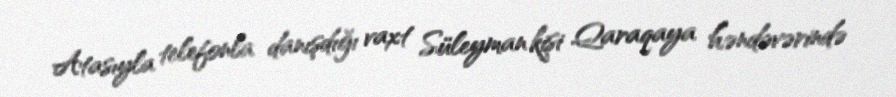
Atasıyla telefonla danışdığı vaxt Süleyman kişi Qaraqaya həndəvərində